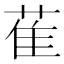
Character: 萑